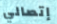
إتصالي